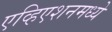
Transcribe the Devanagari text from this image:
एव्हिएशनमध्ये